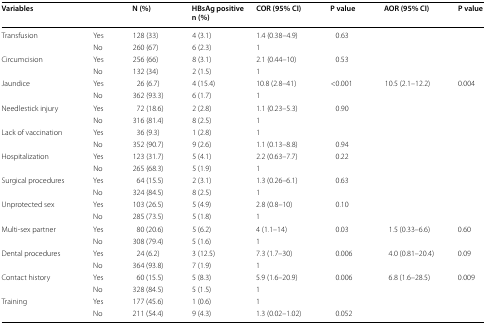
<table><thead><tr><td colspan="2"><b>Variables</b></td><td><b>N (%)</b></td><td><b>HBsAg positive n (%)</b></td><td><b>COR (95% CI)</b></td><td><b>P value</b></td><td><b>AOR (95% CI)</b></td><td><b>P value</b></td></tr></thead><tbody><tr><td rowspan="2">Transfusion</td><td>Yes</td><td>128 (33)</td><td>4 (3.1)</td><td>1.4 (0.38–4.9)</td><td>0.63</td><td></td><td></td></tr><tr><td>No</td><td>260 (67)</td><td>6 (2.3)</td><td>1</td><td></td><td></td><td></td></tr><tr><td rowspan="2">Circumcision</td><td>Yes</td><td>256 (66)</td><td>8 (3.1)</td><td>2.1 (0.44–10)</td><td>0.53</td><td></td><td></td></tr><tr><td>No</td><td>132 (34)</td><td>2 (1.5)</td><td>1</td><td></td><td></td><td></td></tr><tr><td rowspan="2">Jaundice</td><td>Yes</td><td>26 (6.7)</td><td>4 (15.4)</td><td>10.8 (2.8–41)</td><td>&lt;0.001</td><td>10.5 (2.1–12.2)</td><td>0.004</td></tr><tr><td>No</td><td>362 (93.3)</td><td>6 (1.7)</td><td>1</td><td></td><td></td><td></td></tr><tr><td rowspan="2">Needlestick injury</td><td>Yes</td><td>72 (18.6)</td><td>2 (2.8)</td><td>1.1 (0.23–5.3)</td><td>0.90</td><td></td><td></td></tr><tr><td>No</td><td>316 (81.4)</td><td>8 (2.5)</td><td>1</td><td></td><td></td><td></td></tr><tr><td rowspan="2">Lack of vaccination</td><td>Yes</td><td>36 (9.3)</td><td>1 (2.8)</td><td>1</td><td></td><td></td><td></td></tr><tr><td>No</td><td>352 (90.7)</td><td>9 (2.6)</td><td>1.1 (0.13–8.8)</td><td>0.94</td><td></td><td></td></tr><tr><td rowspan="2">Hospitalization</td><td>Yes</td><td>123 (31.7)</td><td>5 (4.1)</td><td>2.2 (0.63–7.7)</td><td>0.22</td><td></td><td></td></tr><tr><td>No</td><td>265 (68.3)</td><td>5 (1.9)</td><td>1</td><td></td><td></td><td></td></tr><tr><td rowspan="2">Surgical procedures</td><td>Yes</td><td>64 (15.5)</td><td>2 (3.1)</td><td>1.3 (0.26–6.1)</td><td>0.63</td><td></td><td></td></tr><tr><td>No</td><td>324 (84.5)</td><td>8 (2.5)</td><td>1</td><td></td><td></td><td></td></tr><tr><td rowspan="2">Unprotected sex</td><td>Yes</td><td>103 (26.5)</td><td>5 (4.9)</td><td>2.8 (0.8–10)</td><td>0.10</td><td></td><td></td></tr><tr><td>No</td><td>285 (73.5)</td><td>5 (1.8)</td><td>1</td><td></td><td></td><td></td></tr><tr><td rowspan="2">Multi-sex partner</td><td>Yes</td><td>80 (20.6)</td><td>5 (6.2)</td><td>4 (1.1–14)</td><td>0.03</td><td>1.5 (0.33–6.6)</td><td>0.60</td></tr><tr><td>No</td><td>308 (79.4)</td><td>5 (1.6)</td><td>1</td><td></td><td></td><td></td></tr><tr><td rowspan="2">Dental procedures</td><td>Yes</td><td>24 (6.2)</td><td>3 (12.5)</td><td>7.3 (1.7–30)</td><td>0.006</td><td>4.0 (0.81–20.4)</td><td>0.09</td></tr><tr><td>No</td><td>364 (93.8)</td><td>7 (1.9)</td><td>1</td><td></td><td></td><td></td></tr><tr><td rowspan="2">Contact history</td><td>Yes</td><td>60 (15.5)</td><td>5 (8.3)</td><td>5.9 (1.6–20.9)</td><td>0.006</td><td>6.8 (1.6–28.5)</td><td>0.009</td></tr><tr><td>No</td><td>328 (84.5)</td><td>5 (1.5)</td><td>1</td><td></td><td></td><td></td></tr><tr><td rowspan="2">Training</td><td>Yes</td><td>177 (45.6)</td><td>1 (0.6)</td><td>1</td><td></td><td></td><td></td></tr><tr><td>No</td><td>211 (54.4)</td><td>9 (4.3)</td><td>1.3 (0.02–1.02)</td><td>0.052</td><td></td><td></td></tr></tbody></table>